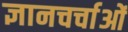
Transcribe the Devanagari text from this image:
ज्ञानचर्चाओं